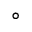
^ \circ